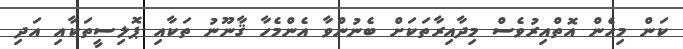
ކަން މިހެން އޮތްއިރުވެސް މިދާއިރާތަކަށް ބެނުންވާ އެންމެހާ ޤާނޫނު ތަކާއި ޕޮލިސީތަކާއި އަދި